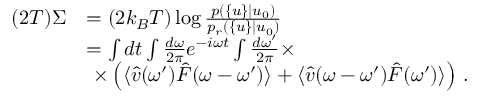
\begin{array} { r l } { ( 2 T ) \Sigma } & { = ( 2 k _ { B } T ) \log \frac { p ( \{ u \} | u _ { 0 } ) } { p _ { r } ( \{ u \} | u _ { 0 } ) } } \\ & { = \int d t \int \frac { d \omega } { 2 \pi } e ^ { - i \omega t } \int \frac { d \omega ^ { \prime } } { 2 \pi } \times } \\ & { \, \, \times \left( \langle \hat { v } ( \omega ^ { \prime } ) \hat { F } ( \omega - \omega ^ { \prime } ) \rangle + \langle \hat { v } ( \omega - \omega ^ { \prime } ) \hat { F } ( \omega ^ { \prime } ) \rangle \right) \, . } \end{array}